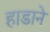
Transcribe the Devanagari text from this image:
हाडाने